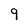
Character: 9